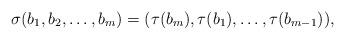
LaTeX: \begin{align*}\sigma (b_1, b_2, \dots, b_m) = (\tau (b_m), \tau(b_1), \dots, \tau (b_{m-1})),\end{align*}